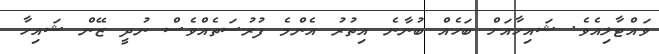
ވަަަަަަަަަަައްޓާލިއެވެ. ޝަައިހާއަށް ބަހެއް ބުނާނެ އިތުރު އެންމެ ފުރުސަތެއްވެސް ނުދީ ޒޭން ޝަައިހާ